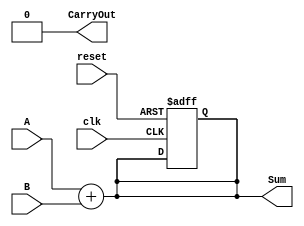
module behavioral_model (
    input wire clk,           // Clock input for sequential logic
    input wire reset,         // Reset signal
    input wire [3:0] A,      // 4-bit input A
    input wire [3:0] B,      // 4-bit input B
    output reg [4:0] Sum,    // 5-bit output for the sum
    output reg CarryOut       // Carry-out bit
);

// Internal state variable
reg [4:0] internal_sum;

// Task to perform addition
task perform_addition;
    input [3:0] a;
    input [3:0] b;
    output [4:0] sum;
    output carry;
    begin
        {carry, sum} = a + b; // Concatenate carry and sum
    end
endtask

// Combinational logic block
always @(*) begin
    // Call the addition task
    perform_addition(A, B, internal_sum, CarryOut);
    
    // Non-blocking assignment to output
    Sum <= internal_sum; // Update Sum based on internal calculation
end

// Sequential logic block
always @(posedge clk or posedge reset) begin
    if (reset) begin
        Sum <= 0;           // Reset output on reset signal
        CarryOut <= 0;     // Reset carry out on reset
    end else begin
        // Update outputs using non-blocking assignments
        Sum <= internal_sum;
        CarryOut <= CarryOut; // CarryOut is determined in combinational logic
    end
end

endmodule